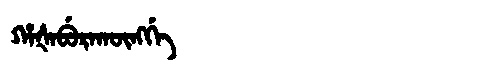
Manchu: ᡥᠠᡧᠠᠪᡠᡵᠠᡴᡡᠩᡤᡝ
Romanization: HAŠABURAKŪNGGE